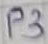
Text: P3